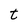
Character: t